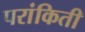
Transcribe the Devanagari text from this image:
परांकिती